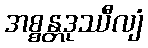
အစ္စန္တဒုဿီလျံ